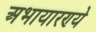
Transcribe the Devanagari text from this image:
अभायारण्ये